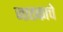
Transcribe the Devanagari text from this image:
जातकाचे